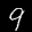
Label: 9